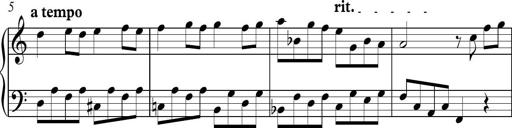
Title: Piano Sonatina in C
Composer: Daniel LÃ©o Simpson
Key: C major